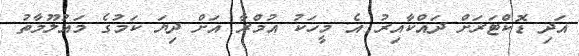
އަދި ޑޮކްޓަރަށް ދައްކާއިރު އެ މީހަކު އުމްރާ އަށް ދިޔަ ކަމުގެ މައުލޫމާތު